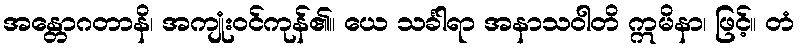
အန္တောဂတာနိ၊ အကျုံးဝင်ကုန်၏။ ယေ သင်္ခါရာ အနာသဝါတိ ဣမိနာ၊ ဖြင့်။ တံ